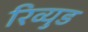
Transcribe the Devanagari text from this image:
रिव्युड